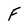
Character: f